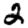
Digit: 2